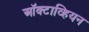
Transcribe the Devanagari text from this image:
ऑक्टाव्हियन